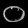
Digit: ၀